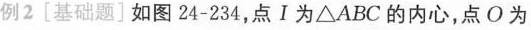
例2[基础题]如图24-234，点Ⅰ为\triangle ABC的内心，点O为